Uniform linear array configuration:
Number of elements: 48
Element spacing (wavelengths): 0.75
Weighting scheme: hamming
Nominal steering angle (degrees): -30
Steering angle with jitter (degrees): -28.908
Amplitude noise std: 0.05
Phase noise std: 0.05

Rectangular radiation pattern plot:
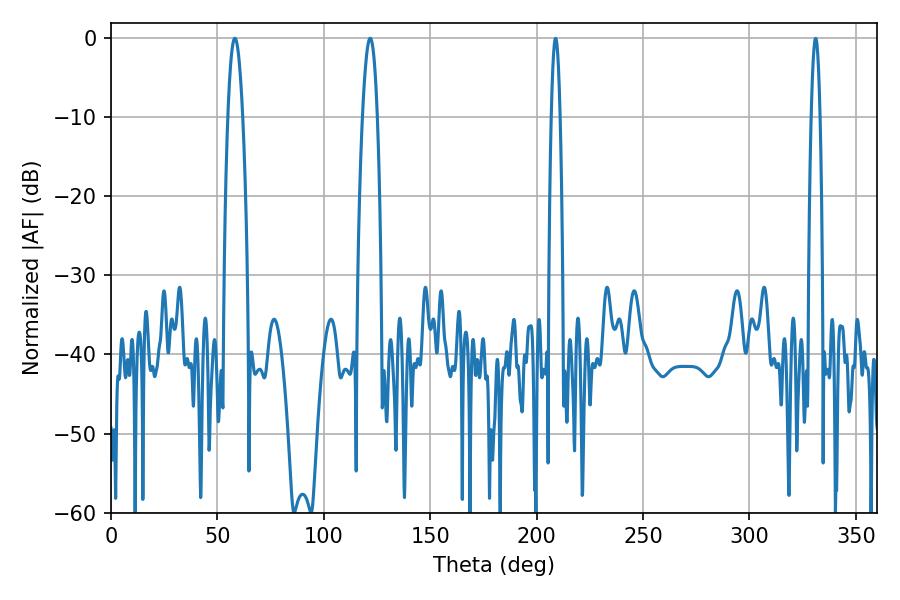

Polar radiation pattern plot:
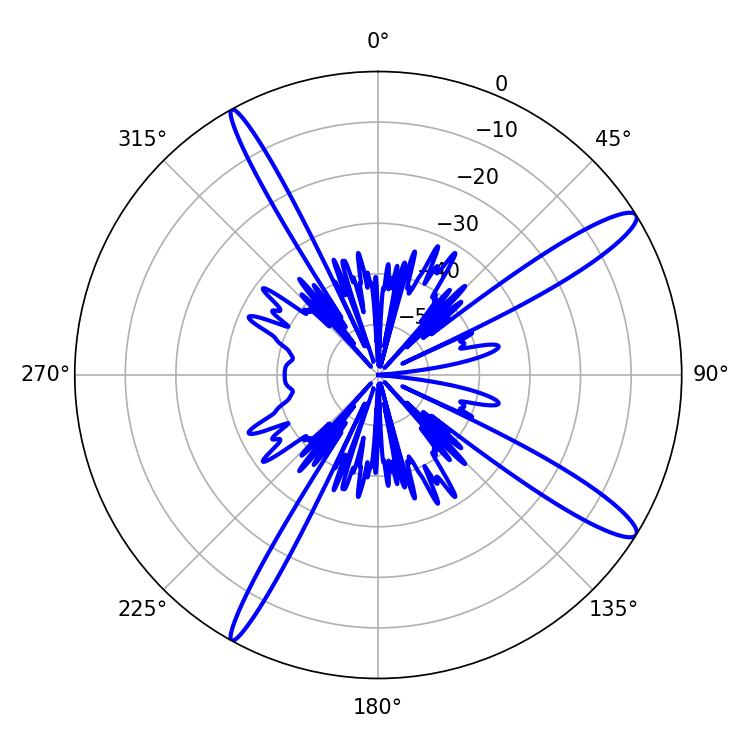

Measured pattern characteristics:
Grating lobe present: TRUE
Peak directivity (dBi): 13.902
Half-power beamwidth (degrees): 3.78
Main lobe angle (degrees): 58.14